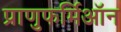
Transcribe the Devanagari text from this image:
प्राणुफर्मिऑन